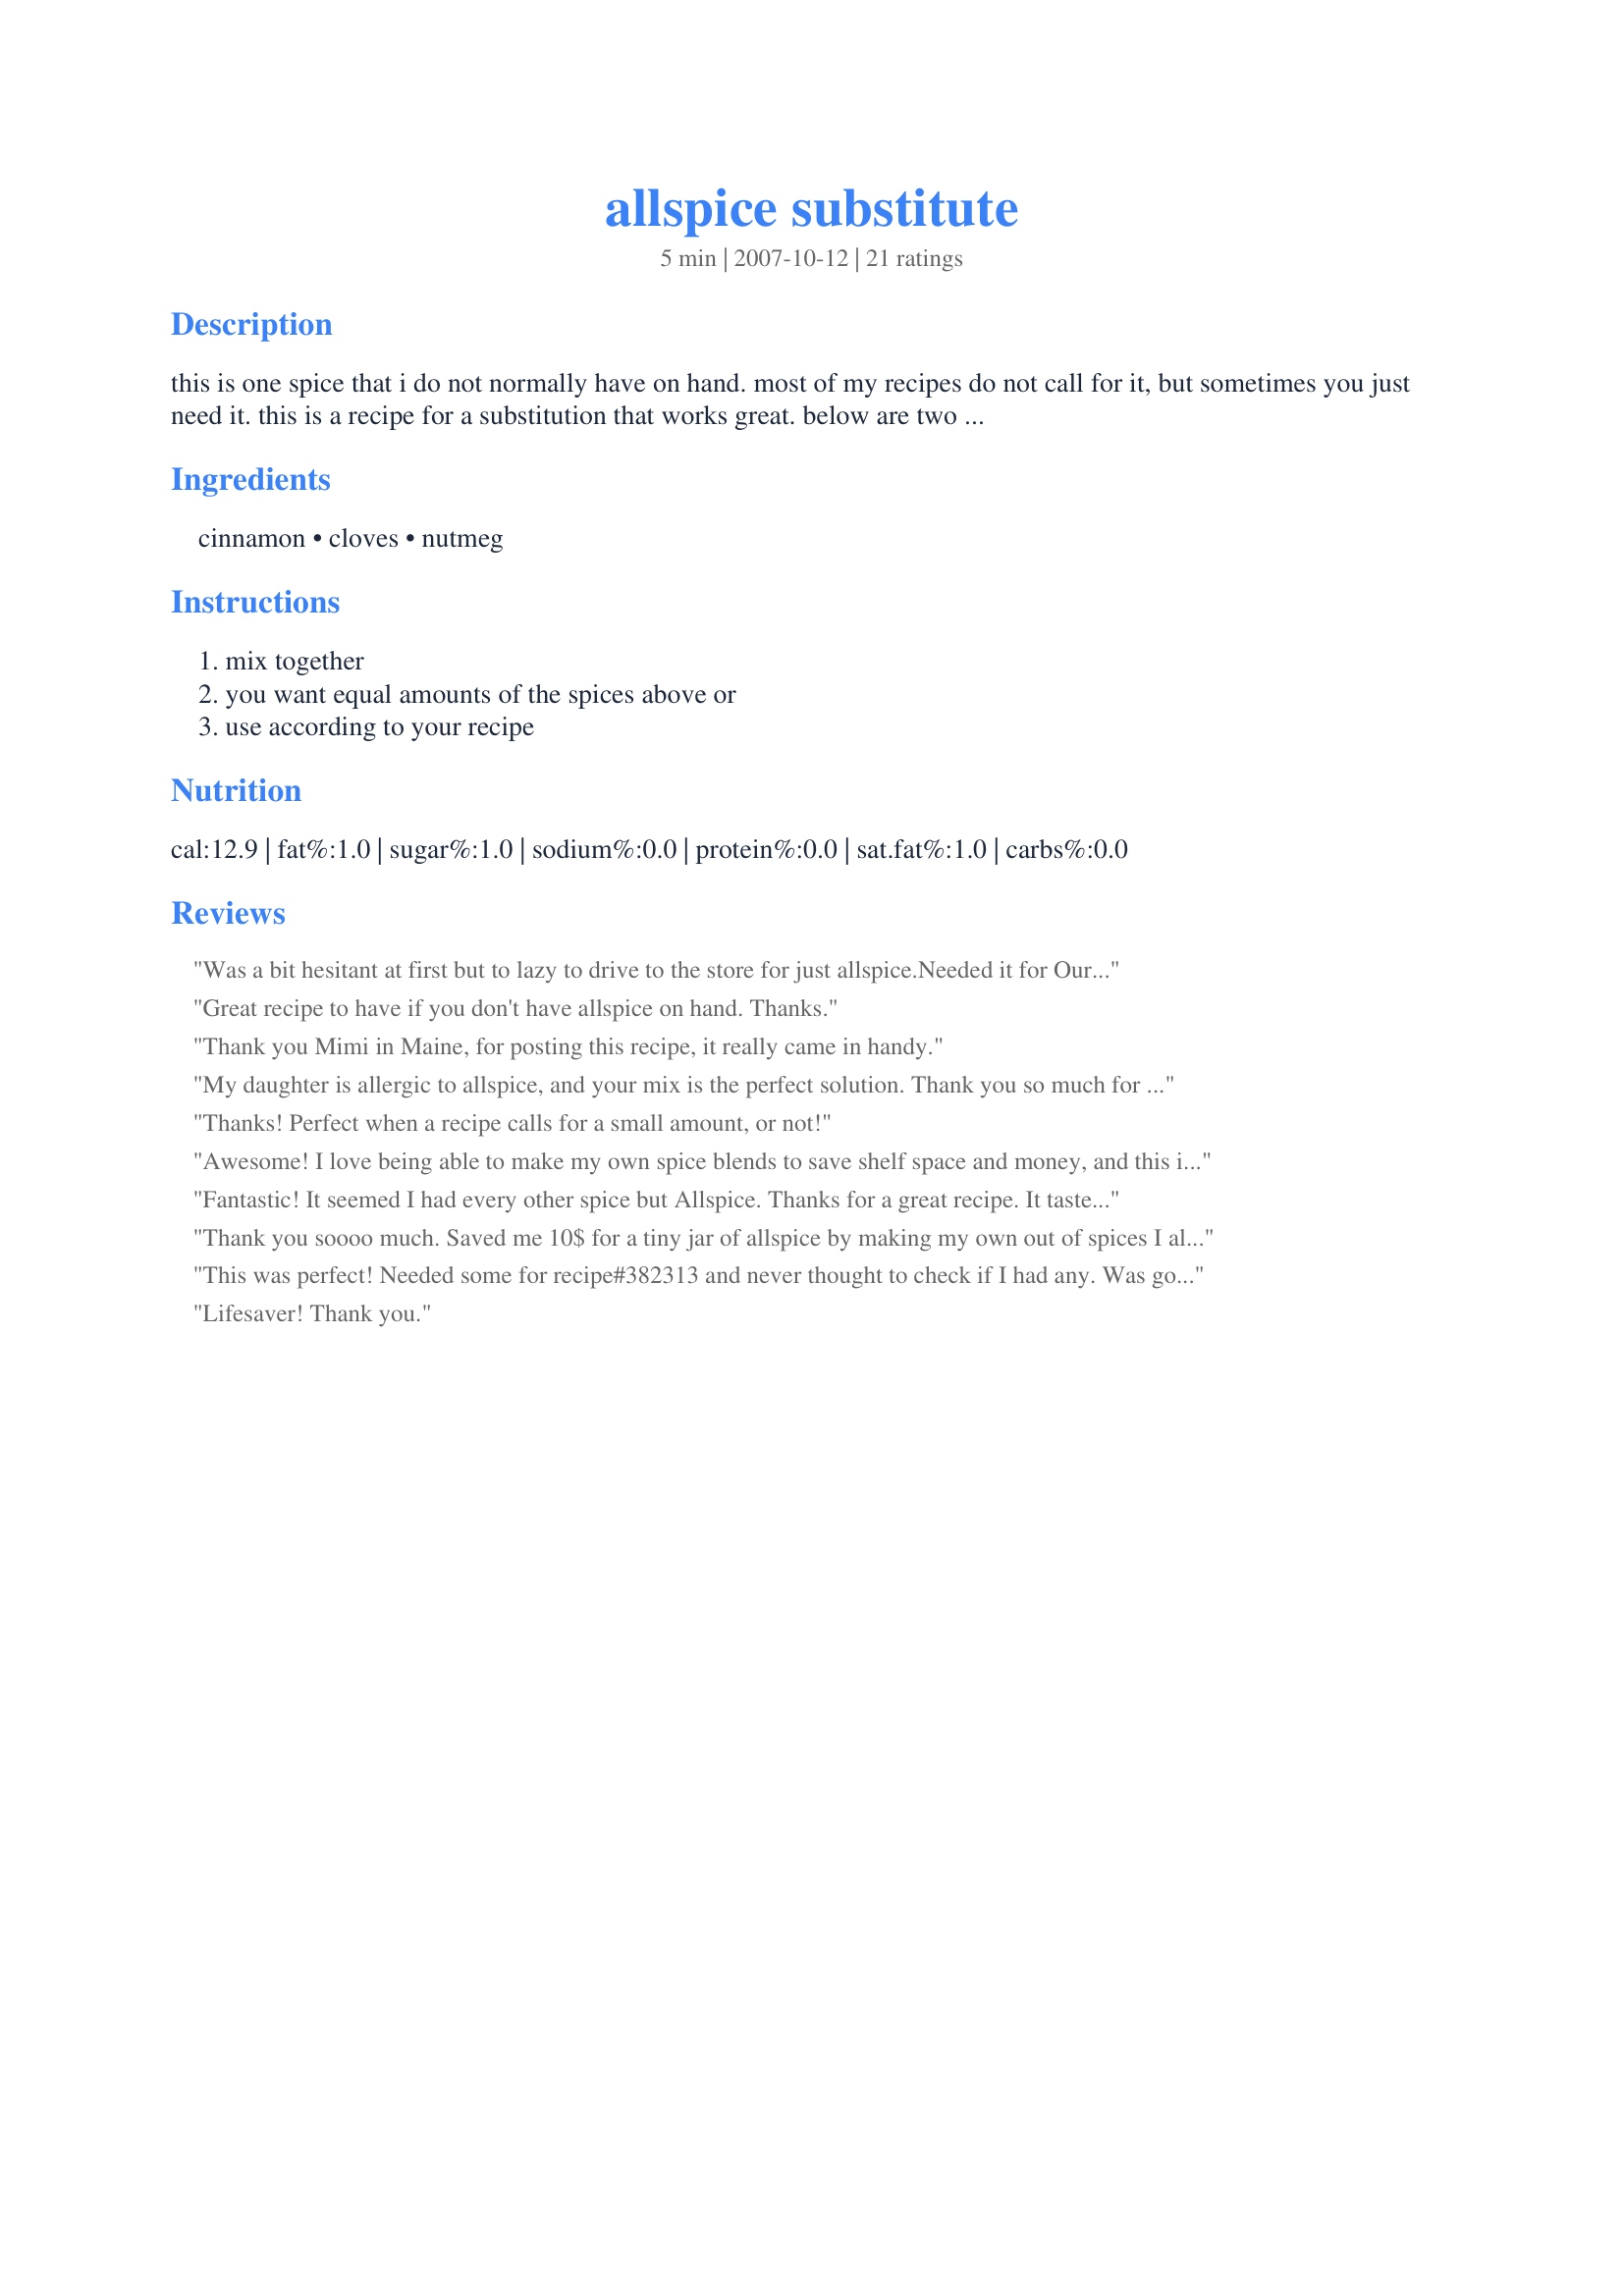
allspice substitute
Preparation time: 5 minutes

this is one spice that i do not normally have on hand. most of my recipes do not call for it, but sometimes you just need it. this is a recipe for a substitution that works great. below are two measurements. the normal formula is equal amounts of all three, but if you like the cloves and nutmeg less predominant, use the lesser amount. both will have the flavor of allspice. see note at the bottom.

Ingredients:
cinnamon, cloves, nutmeg

Steps:
mix together, you want equal amounts of the spices above or, use according to your recipe

Reviews:
Was a bit hesitant at first but to lazy to drive to the store for just allspice.<br/>Needed it for Our Lone Star Steak & Potato Dinner.<br/> I gotta give you Kudos Turned out "perfect".<br/>Thanks for the great idea!!!
Great recipe to have if you don't have allspice on hand. Thanks.
Thank you Mimi in Maine, for posting this recipe, it really came in handy.
My daughter is allergic to allspice, and your mix is the perfect solution. Thank you so much for posting this!
Thanks! Perfect when a recipe calls for a small amount, or not!
Awesome! I love being able to make my own spice blends to save shelf space and money, and this is a near-perfect substitute. Thanks for sharing the recipe.
Fantastic! It seemed I had every other spice but Allspice. Thanks for a great recipe. It tasted wonderful in my Apple Coffee Cake.
Thank you soooo much. Saved me 10$ for a tiny jar of allspice by making my own out of spices I always have on hand.
This was perfect! Needed some for recipe#382313 and never thought to check if I had any. Was going to just leave it out but thought I would do a little search first and here it is. Came in very handy; I only needed 1/4 tsp so cut it in half. I must say I went the scardy-cat way and used the less cloves recipe. Next time I will try equal parts. Thanks for posting!
Lifesaver! Thank you.
Wish I discovered your Allspice recipe six years ago, approximately the time you originally posted it. I now make my own and keep in a small jar. Some recipes, like my crockpot pinto beans, I&#039;ll reduce nutmeg and cloves, per your suggestion. I use the the full-on version for baking. Thank you, so much, for posting this fabulous, yet simple, recipe!!!
Thanks for the posting! Needed some allspice for a syrup recipe and it was here fast and easy. Thank you!
PERFECT!!! Just what I was looking for! I used 1 tsp of each and placed in a jar for the next time I am hunting for allspice :)
I had guests for dinner and I really thought I had some and didn't bother buying any....oops. Thanks for posting! This was a lifesaver.
If I am making Swedish meatballs, how should I adjust this.
This came in so handy for me! I needed 1/4 teaspoon of allspice for Pasta Jambalaya Recipe# 23864 and it worked great. I used equal amounts of all three spices. Thank you!
A great recipe to have on hand when you've run out of store-bought. I used this for ZWT 4 - Spice it Up Africa challenge.
Thanks for the Allspice sub. I had almost every spice on earth except that one. It smelled and tasted just the same, although my husband said he could detect the cloves with his nose....so maybe a little hold off on the cloves for some may be in order....otherwise it&#039;s a great sub. - I made a small jar of it and saved me some $$. Thanks again.
This was excellent! I don't normally stock allspice because it loses it's flavor long before I have time to use it up. I was thrilled to find this recipe when I needed allspice for a cake. I also appreciate that it doesn't make a huge quantity. I used the 1/2 teaspoons of everything & the mix was perfect. Thanks for sharing, Mimi! :)
At first I was afraid that the cloves would be too dominant but decided to be brave and use equal parts of all three spices. Must say I was glad I did. Made a plain white cake and added the mix. It smelled heavenly and was very nice indeed, just the taste of allspice. I like the fact that it makes a small amount, perfect to just mix together when a recipe calls for allspice. Thanks for posting. Made for P-A-R-T-Y holiday tag December 2009
This was very good! I used 1/2 tsp of each ingredient! I used this to make gingerbread cookies and it worked perfectly! Thanks!
